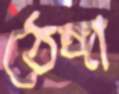
ঠেঙ্গা